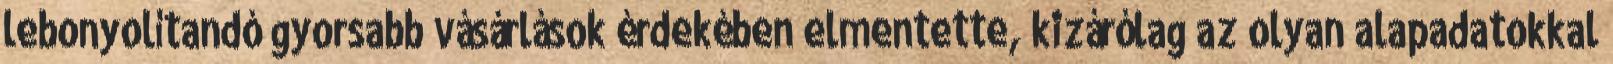
lebonyolítandó gyorsabb vásárlások érdekében elmentette, kizárólag az olyan alapadatokkal